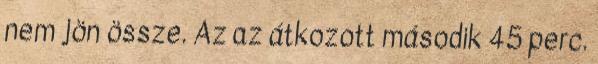
nem jön össze. Az az átkozott második 45 perc.